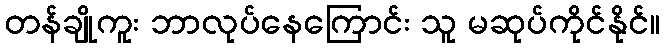
တန်ချိုကူး ဘာလုပ်နေကြောင်း သူ မဆုပ်ကိုင်နိုင်။